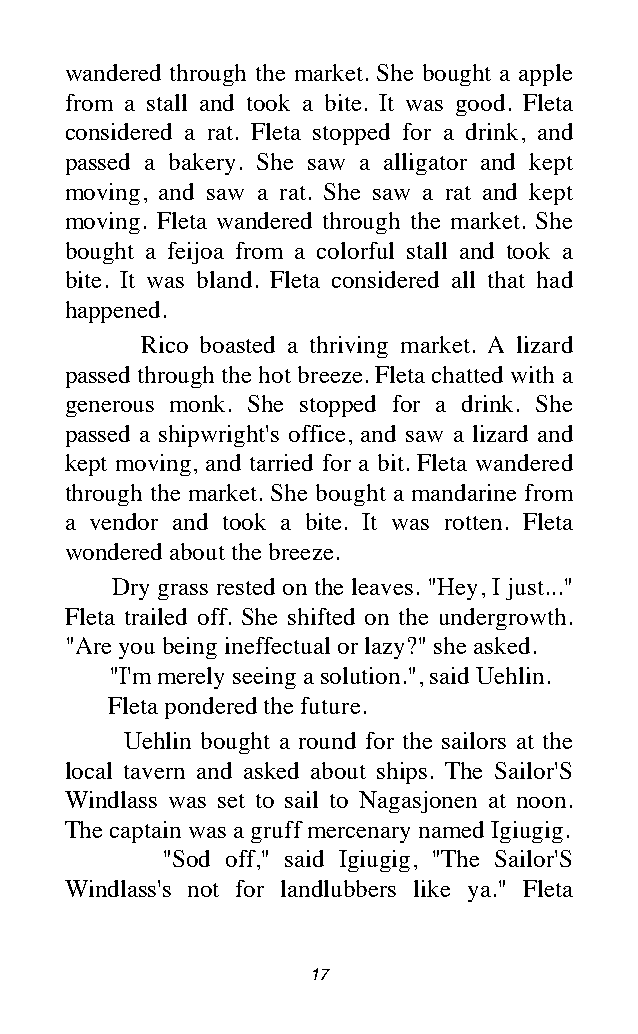
wandered through the market. She bought a apple
 from a stall and took a bite. It was good. Fleta
 considered a rat. Fleta stopped for a drink, and
 passed a bakery. She saw a alligator and kept
 moving, and saw a rat. She saw a rat and kept
 moving. Fleta wandered through the market. She
 bought a feijoa from a colorful stall and took a
 bite. It was bland. Fleta considered all that had
 happened.
 Rico boasted a thriving market. A lizard
 passed through the hot breeze. Fleta chatted with a
 generous monk. She stopped for a drink. She
 passed a shipwright's office, and saw a lizard and
 kept moving, and tarried for a bit. Fleta wandered
 through the market. She bought a mandarine from
 a vendor and took a bite. It was rotten. Fleta
 wondered about the breeze.
 Dry grass rested on the leaves. "Hey, I just..."
 Fleta trailed off. She shifted on the undergrowth.
 "Are you being ineffectual or lazy?" she asked.
 "I'm merely seeing a solution.", said Uehlin.
 Fleta pondered the future.
 Uehlin bought a round for the sailors at the
 local tavern and asked about ships. The Sailor'S
 Windlass was set to sail to Nagasjonen at noon.
 The captain was a gruff mercenary named Igiugig.
 "Sod off," said Igiugig, "The Sailor'S
 Windlass's not for landlubbers like ya." Fleta
 17